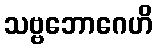
သဗ္ဗဘောဂေဟိ